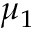
\mu _ { 1 }